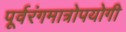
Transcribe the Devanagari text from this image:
पूर्वरंगमात्रोपयोगी